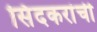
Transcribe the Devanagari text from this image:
सिंदकरांची